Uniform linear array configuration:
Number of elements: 12
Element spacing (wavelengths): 0.25
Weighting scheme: cosine
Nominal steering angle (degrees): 45
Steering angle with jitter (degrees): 44.574
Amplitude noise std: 0.05
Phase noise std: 0.05

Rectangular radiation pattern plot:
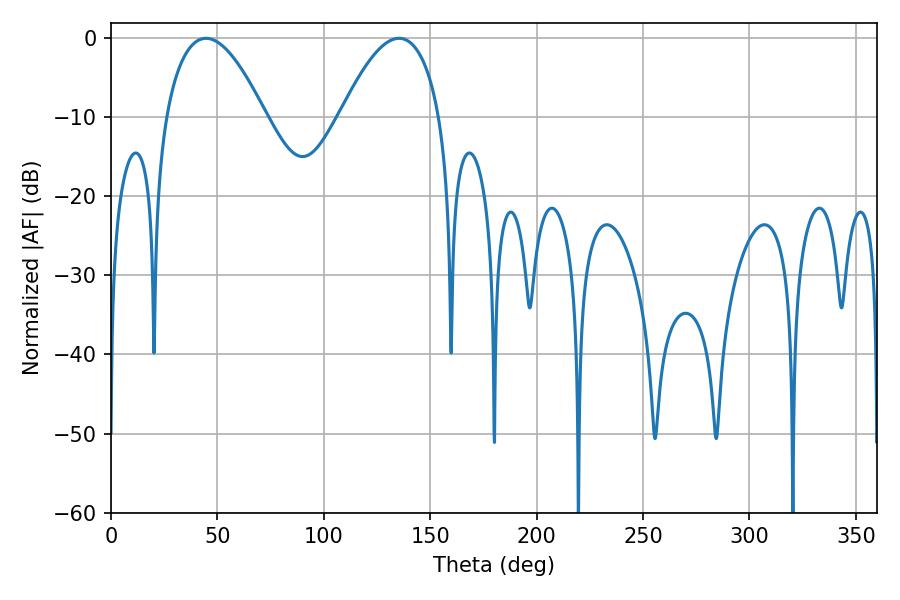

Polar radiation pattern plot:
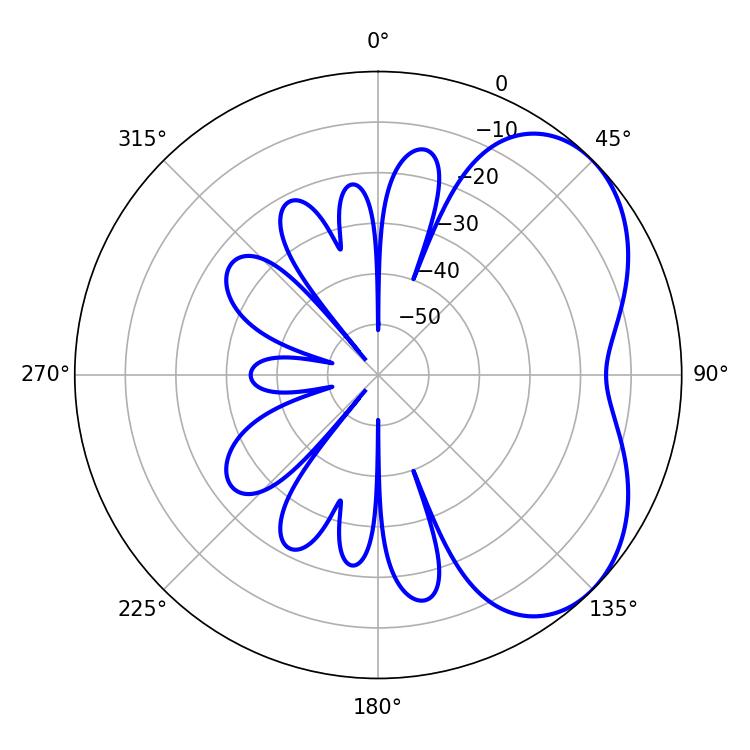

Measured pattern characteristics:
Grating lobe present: FALSE
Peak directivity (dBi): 4.5
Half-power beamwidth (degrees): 25.74
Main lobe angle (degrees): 44.64